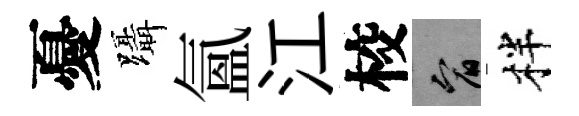
憂躡氳江校宥柈